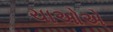
ચાઓએ